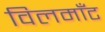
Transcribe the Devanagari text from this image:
विलमाँट